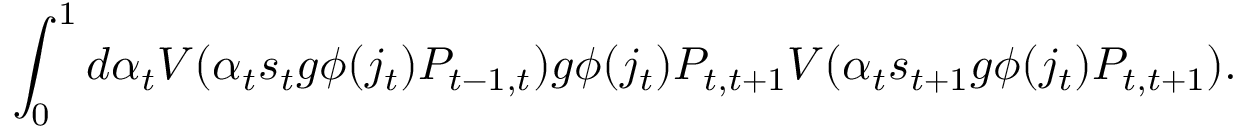
\int _ { 0 } ^ { 1 } d \alpha _ { t } V ( \alpha _ { t } s _ { t } g \phi ( j _ { t } ) P _ { t - 1 , t } ) g \phi ( j _ { t } ) P _ { t , t + 1 } V ( \alpha _ { t } s _ { t + 1 } g \phi ( j _ { t } ) P _ { t , t + 1 } ) .